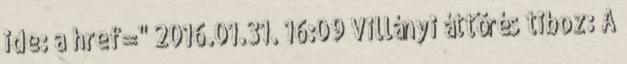
ide: a href=" 2016.01.31. 16:09 Villányi áttörés tiboz: A